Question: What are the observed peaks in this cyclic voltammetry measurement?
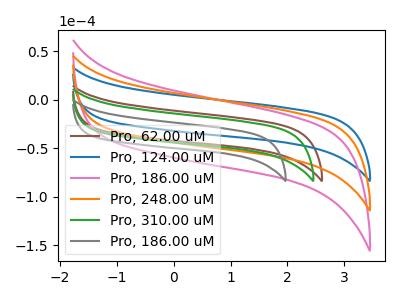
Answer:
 <answer>The brown curve "Pro, 62.00 uM" has no peaks. The blue curve "Pro, 124.00 uM" has no peaks. The pink curve "Pro, 186.00 uM" has no peaks. The orange curve "Pro, 248.00 uM" has no peaks. The green curve "Pro, 310.00 uM" has no peaks. The gray curve "Pro, 186.00 uM" has no peaks.</answer>
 <eval></eval>